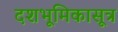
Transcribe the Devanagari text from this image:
दशभूमिकासूत्र